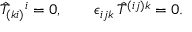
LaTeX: \hat { T } _ { ( k i ) } { } ^ { i } = 0 , \qquad \epsilon _ { i j k } \, \hat { T } ^ { ( i j ) k } = 0 .